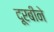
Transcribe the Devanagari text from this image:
दूरबीने